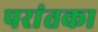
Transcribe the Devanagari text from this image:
परांतका